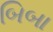
બિબા